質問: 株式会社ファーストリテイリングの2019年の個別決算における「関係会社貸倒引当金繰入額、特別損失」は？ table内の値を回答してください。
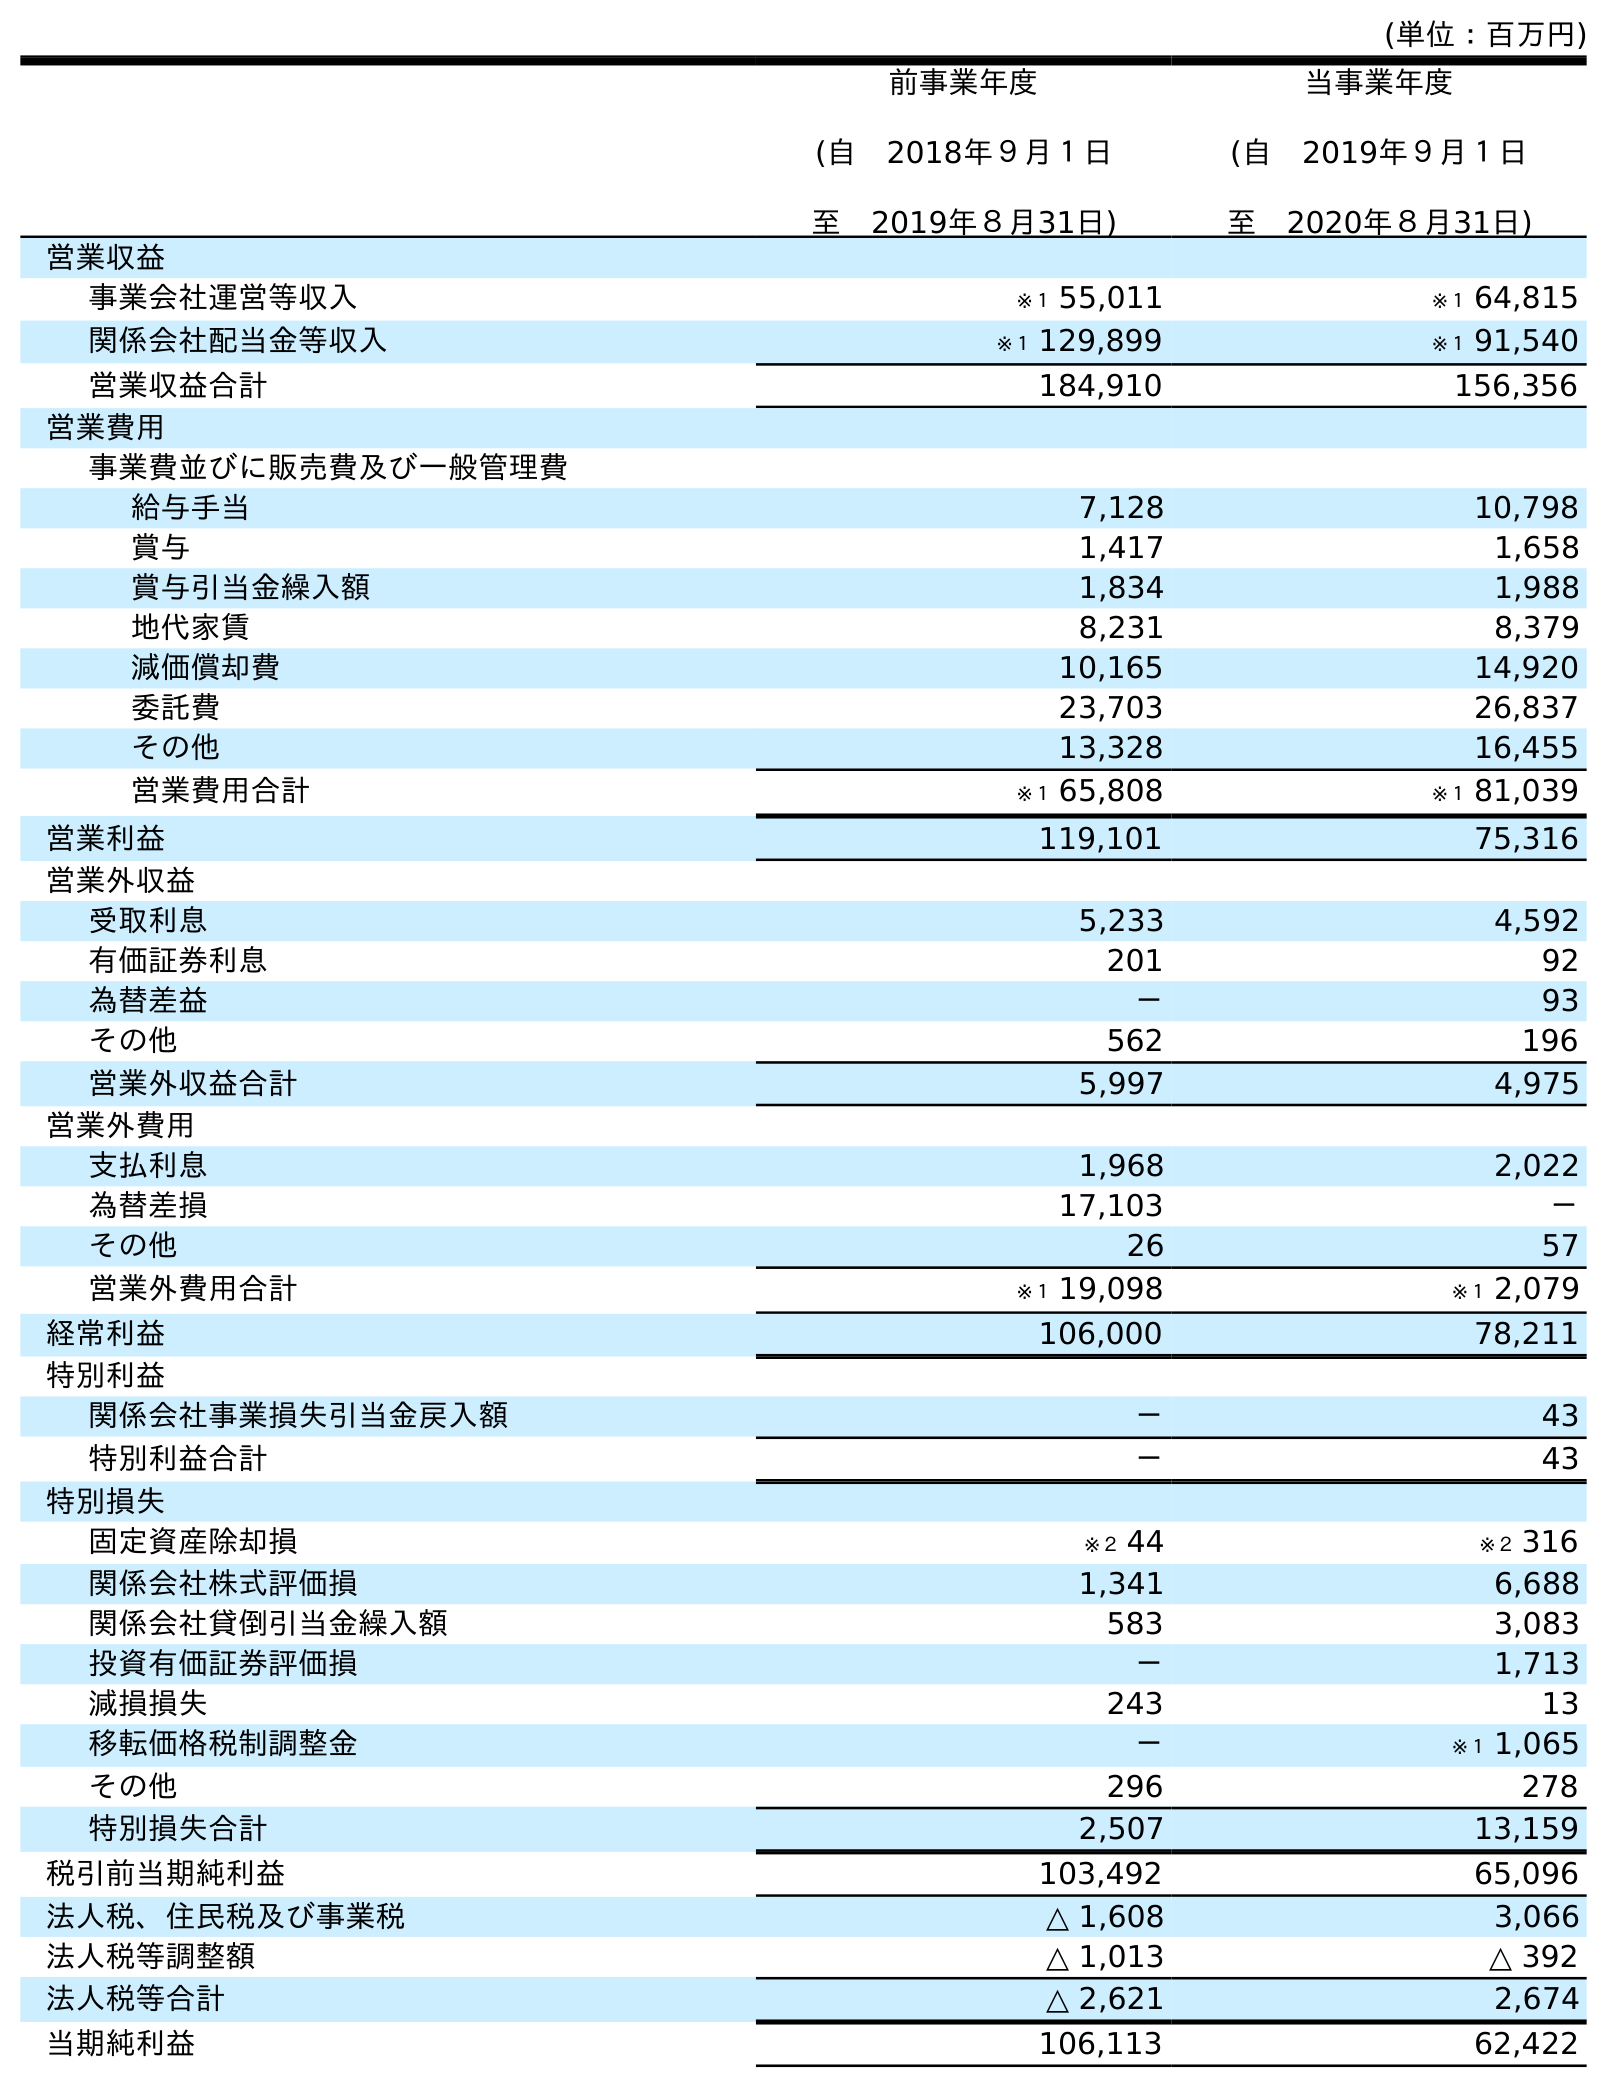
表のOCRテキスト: (単位：百万円) 前事業年度 (自 2018年９月１日 至 2019年８月31日) 当事業年度 (自 2019年９月１日 至 2020年８月31日) 営業収益 事業会社運営等収入 ※１ 55,011 ※１ 64,815 関係会社配当金等収入 ※１ 129,899 ※１ 91,540 営業収益合計 184,910 156,356 営業費用 事業費並びに販売費及び一般管理費 給与手当 7,128 10,798 賞与 1,417 1,658 賞与引当金繰入額 1,834 1,988 地代家賃 8,231 8,379 減価償却費 10,165 14,920 委託費 23,703 26,837 その他 13,328 16,455 営業費用合計 ※１ 65,808 ※１ 81,039 営業利益 119,101 75,316 営業外収益 受取利息 5,233 4,592 有価証券利息 201 92 為替差益 － 93 その他 562 196 営業外収益合計 5,997 4,975 営業外費用 支払利息 1,968 2,022 為替差損 17,103 － その他 26 57 営業外費用合計 ※１ 19,098 ※１ 2,079 経常利益 106,000 78,211 特別利益 関係会社事業損失引当金戻入額 － 43 特別利益合計 － 43 特別損失 固定資産除却損 ※２ 44 ※２ 316 関係会社株式評価損 1,341 6,688 関係会社貸倒引当金繰入額 583 3,083 投資有価証券評価損 － 1,713 減損損失 243 13 移転価格税制調整金 － ※１ 1,065 その他 296 278 特別損失合計 2,507 13,159 税引前当期純利益 103,492 65,096 法人税、住民税及び事業税 △ 1,608 3,066 法人税等調整額 △ 1,013 △ 392 法人税等合計 △ 2,621 2,674 当期純利益 106,113 62,422
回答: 583